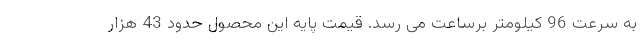
به سرعت 96 کیلومتر برساعت می رسد. قیمت پایه این محصول حدود 43 هزار